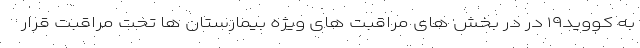
به کووید۱۹ در در بخش های مراقبت های ویژه بیمارستان ها تحت مراقبت قرار